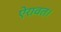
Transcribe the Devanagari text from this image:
ऐरावत।